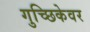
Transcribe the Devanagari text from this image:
गुच्छिकेवर